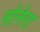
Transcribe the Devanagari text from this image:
सोनेरा